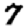
Digit: 7